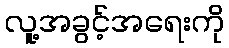
လူ့အခွင့်အရေးကို